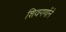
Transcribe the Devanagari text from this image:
शिवगणोंने